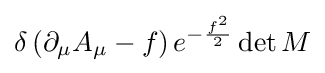
\delta \left(\partial _{\mu }A_{\mu }-f\right)e^{-{\frac {f^{2}}{2}}}\det M